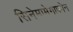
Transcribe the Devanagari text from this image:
सिनेमामेगाफोन